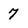
Character: 7